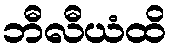
ဘီလီယံထိ